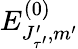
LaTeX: E_{J_{\tau^{\prime}}^{\prime},m^{\prime}}^{(0)}